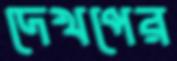
দেখপের